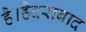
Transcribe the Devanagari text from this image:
है।हैदराबाद